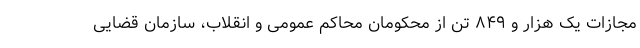
مجازات یک هزار و ۸۴۹ تن از محکومانِ محاکم عمومی و انقلاب، سازمان قضایی